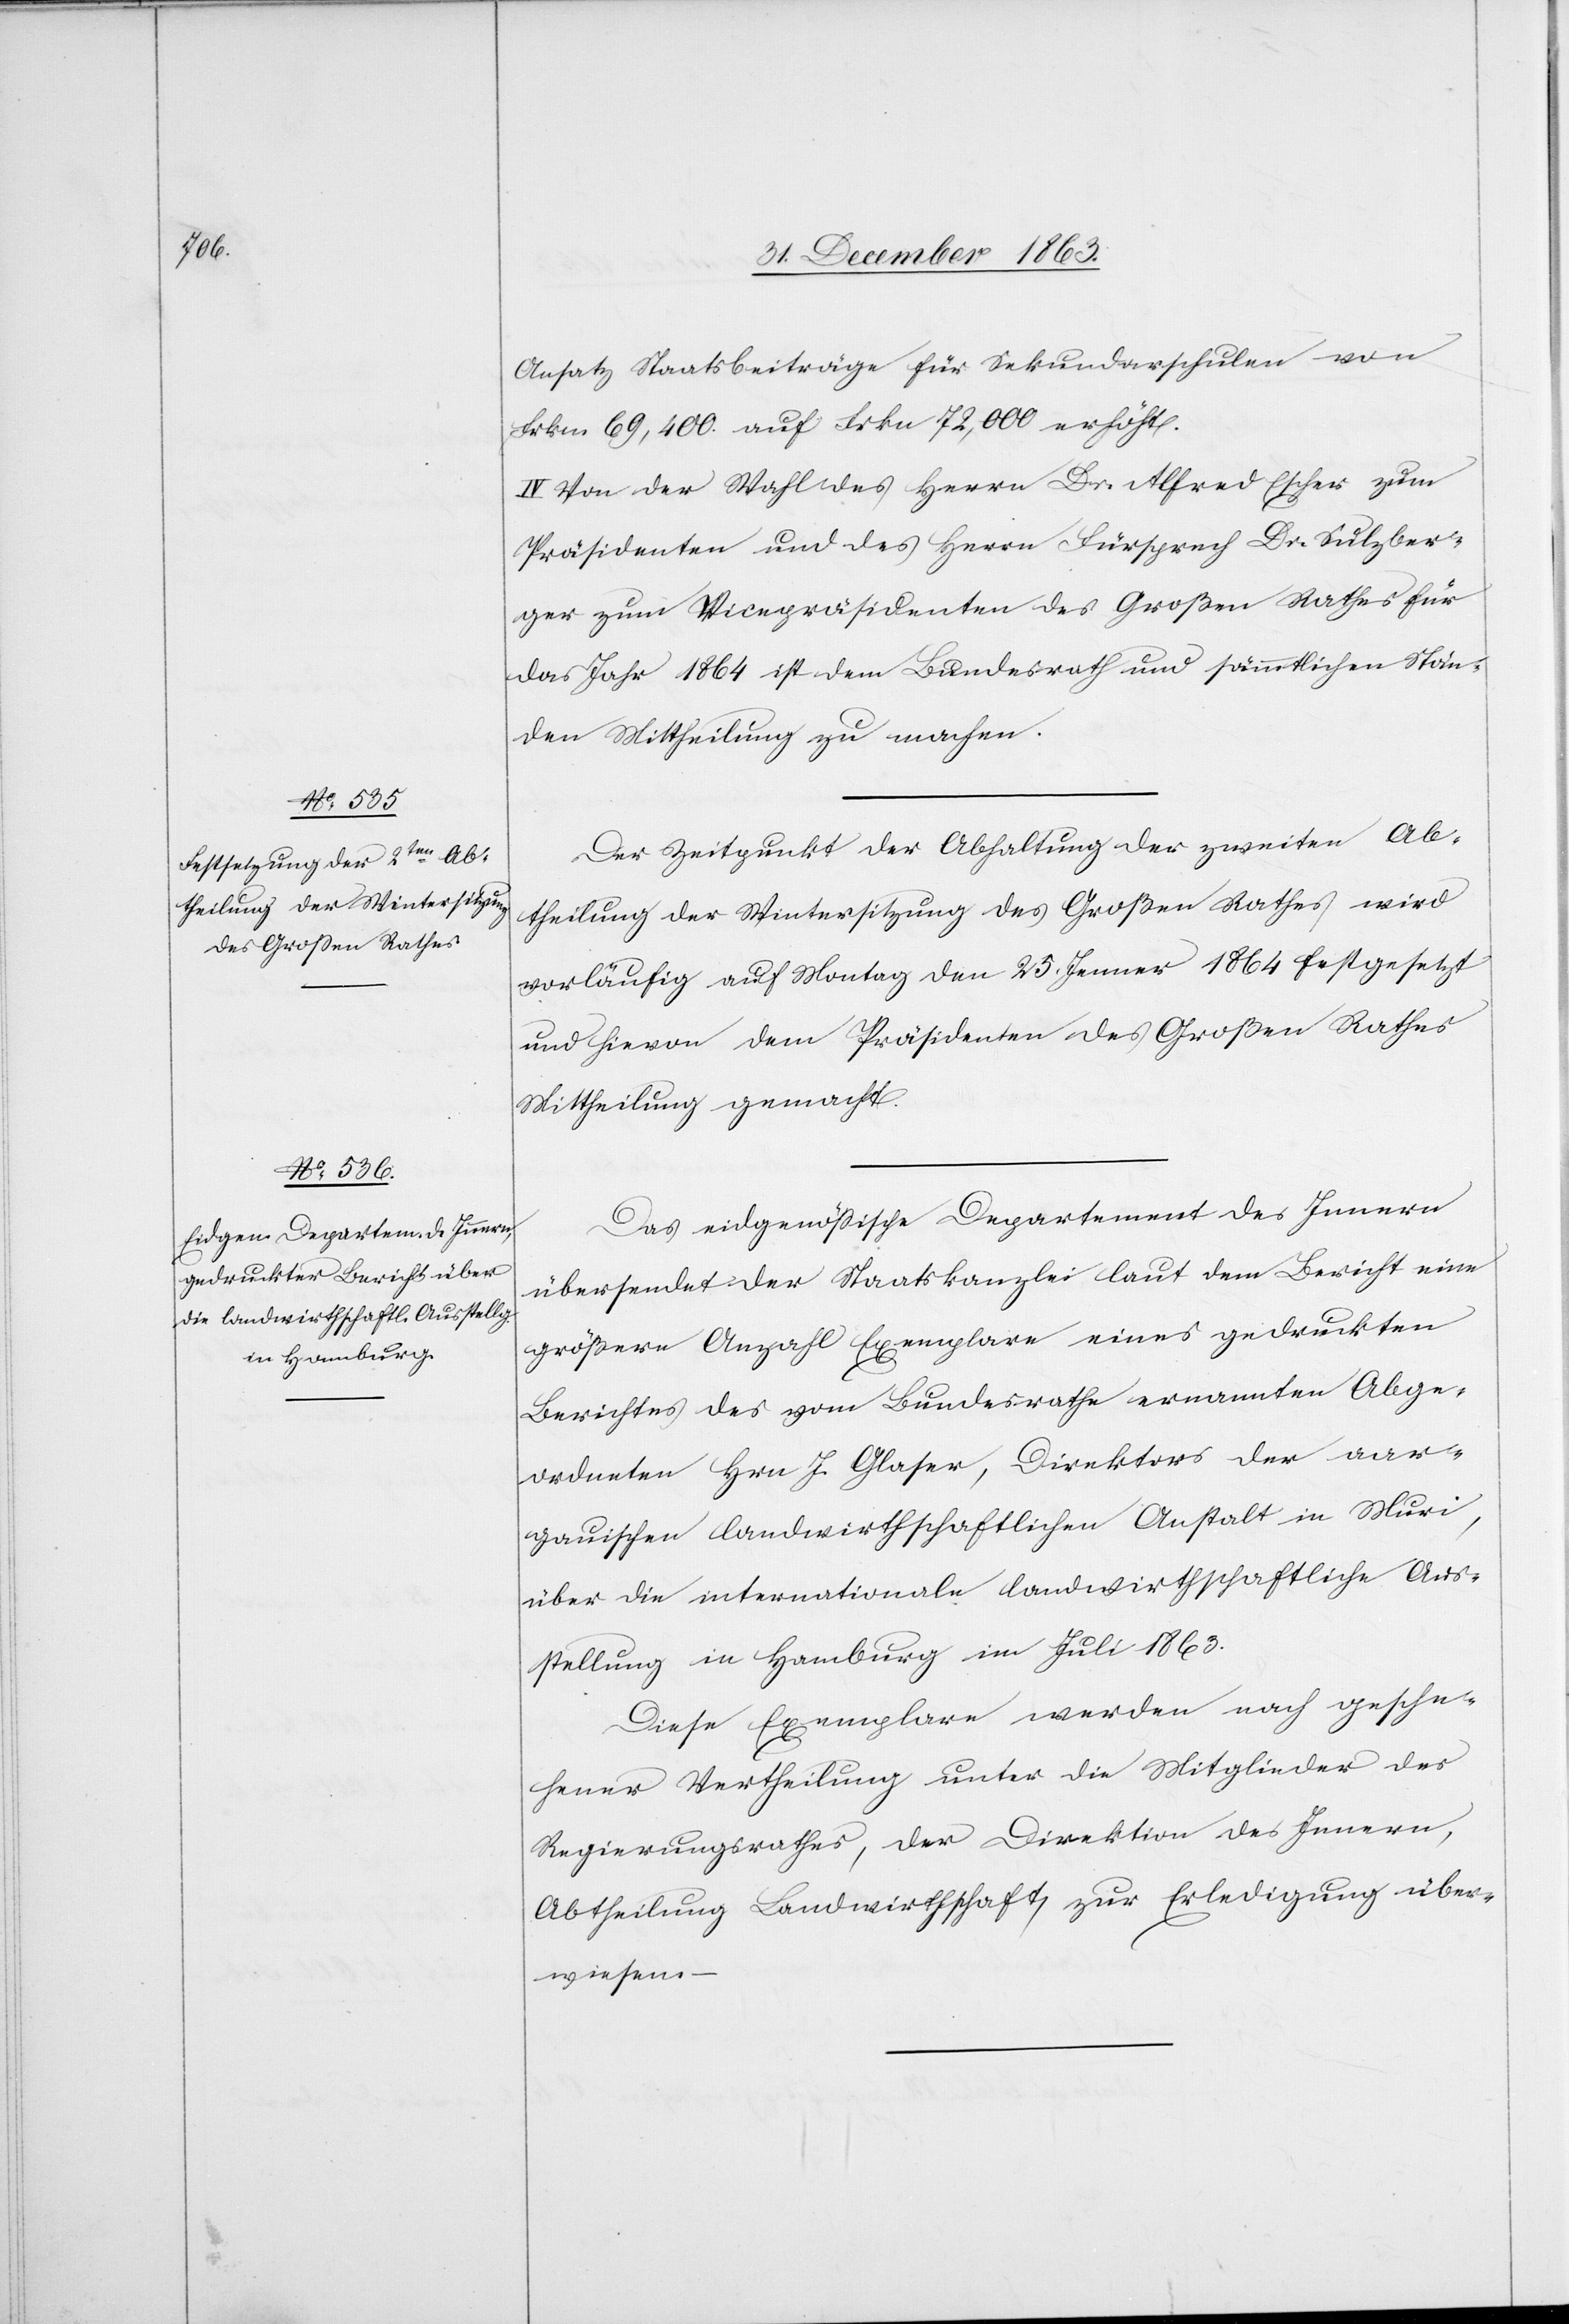
Ansatz Staatsbeiträge für Sekundarschulen von
Frkn. 69,400. auf Frkn 72,000 erhöht.
IV. Von der Wahl des Herrn Dr. Alfred Escher zum
Präsidenten und des Herrn Fürsprech Dr. Sulzber¬
ger zum Vicepräsidenten des Großen Rathes für
das Jahr 1864 ist dem Bundesrath und sämmtlichen Stän¬
den Mittheilung zu machen.
Der Zeitpunkt der Abhaltung der zweiten Ab¬
theilung der Wintersitzung des Großen Rathes wird
vorläufig auf Montag den 25. Jenner 1864 festgesetzt
und hievon dem Präsidenten des Großen Rathes
Mittheilung gemacht.
Das eidgenössische Departement des Innern
übersendet der Staatskanzlei laut dem Bericht eine
größere Anzahl Exemplare eines gedruckten
Berichte des vom Bundesrathe ernannten Abge¬
ordneten Hrn J. Glaser, Direktors der aar¬
gauischen landwirthschaftlichen Anstalt in Muri,
über die internationale landwirthschaftliche Aus¬
stellung in Hamburg im Juli 1863.
Diese Exemplare werden nach gesche¬
hener Vertheilung unter die Mitglieder des
Regierungsrathes, der Direktion des Innern,
Abtheilung Landwirthschaft, zur Erledigung über¬
wiesen.